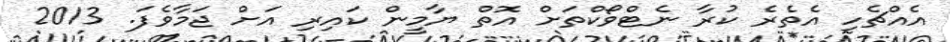
އެއްޗެހި އެތެރެ ކުރާ ނެޓްވޯކްތަށް އޮތް ޔާމީން ކައިރި އަށް ޖަމާވެފަ. 2013